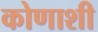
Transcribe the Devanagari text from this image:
कोणाशी